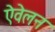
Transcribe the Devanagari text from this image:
ऐवेलन